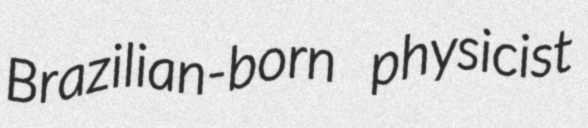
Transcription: Brazilian-born physicist